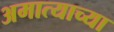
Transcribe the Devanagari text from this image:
अमात्याच्या